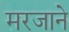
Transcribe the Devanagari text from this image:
मरजाने